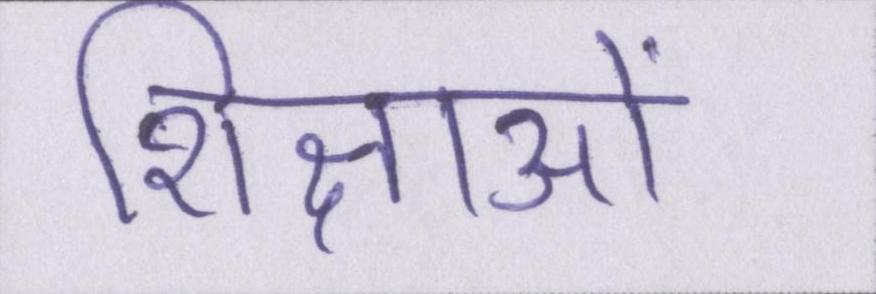
शिक्षाओं